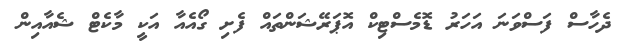
ދެހާސް ފަސްވަނަ އަހަރު ޑޮމެސްޓިކް އޮޕަރޭޝަންތައް ފެށި ގޯއެއާ އަކީ މާކެޓް ޝެއާއިން